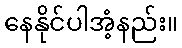
နေနိုင်ပါအံ့နည်း။